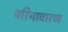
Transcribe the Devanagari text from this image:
परियावारण